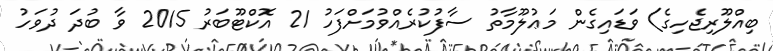
ބިއްލޫރިޖެހިގެ) ވަޑައިގެން މަޢުލޫމާތު ސާފުކުރެއްވުމަށްފަހު 21 އޮކްޓޫބަރު 2015 ވާ ބުދަ ދުވަހު